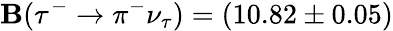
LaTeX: \mathbf{B}(\tau^{-}\to\pi^{-}\nu_{\tau})=(10.82\pm0.05)